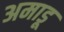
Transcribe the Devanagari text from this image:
अमाडू